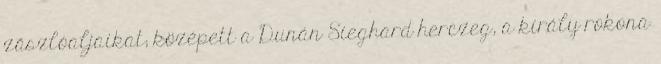
zászlóaljaikat; középett a Dunán Sieghard herczeg, a király rokona